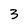
Character: 3